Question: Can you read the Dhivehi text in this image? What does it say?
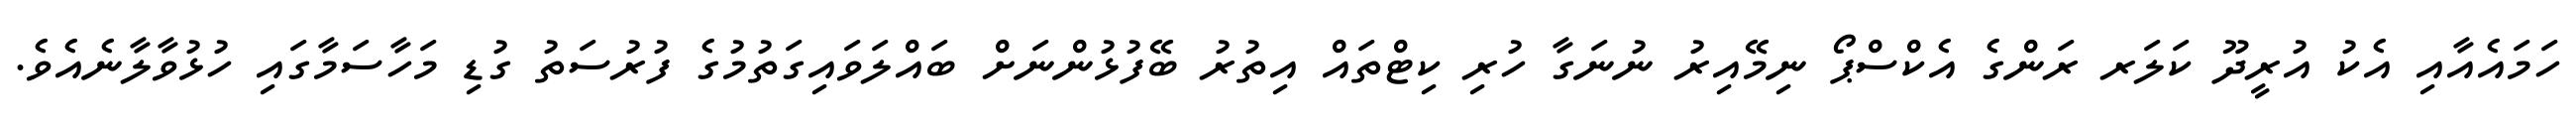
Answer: ހަމައެއާއި އެކު އުރީދޫ ކަލަރ ރަންގެ އެކްސްޕޯ ނިމޭއިރު ނުނަގާ ހުރި ކިޓްތައް އިތުރު ބޭފުޅުންނަށް ބައްލަވައިގަތުމުގެ ފުރުސަތު ގުޑި މަހާސަމާގައި ހުޅުވާލާނެއެވެ.